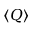
\langle Q \rangle